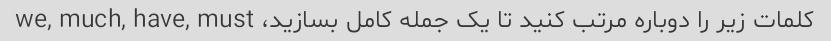
کلمات زیر را دوباره مرتب کنید تا یک جمله کامل بسازید، we, much, have, must